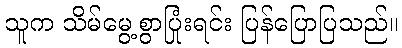
သူက သိမ်မွေ့စွာပြုံးရင်း ပြန်ပြောပြသည်။